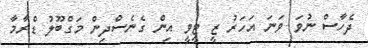
ދެހާސް ނުވަ ވަނަ އަހަރު ޒީ ޓީވީ އިން ގެނެސްދިން މަގްބޫލު ޑްރާމާ